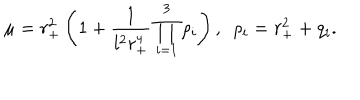
LaTeX: \mu = r _ { + } ^ { 2 } \left( 1 + \frac { 1 } { l ^ { 2 } r _ { + } ^ { 4 } } \prod _ { i = 1 } ^ { 3 } \rho _ { i } \right) , \ \ \rho _ { i } = r _ { + } ^ { 2 } + q _ { i } .